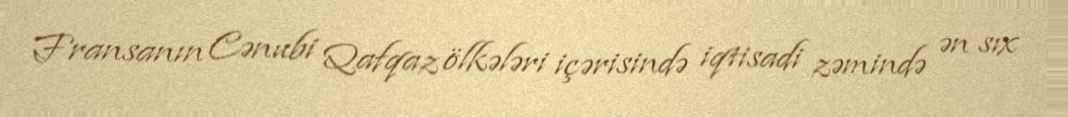
Fransanın Cənubi Qafqaz ölkələri içərisində iqtisadi zəmində ən sıx